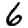
Digit: 6